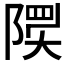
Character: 𲉟